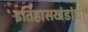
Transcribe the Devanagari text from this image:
इतिहासखंडांची